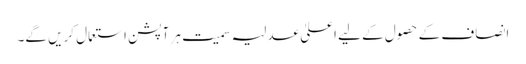
انصاف کے حصول کے لیے اعلیٰ عدلیہ سمیت ہر آپشن استعمال کریں گے۔